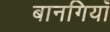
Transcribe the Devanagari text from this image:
बानगियाँ